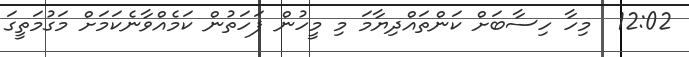
12:02  މިހާ ހިސާބަށް ކަންތައްދިޔާމަ މި މީހުން ފަހަތުން ކަމެއްވާނެކަމަށް މަގުމަތީގަ